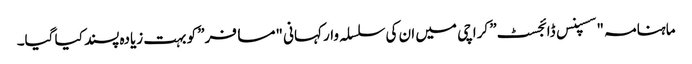
ماہنامہ "سسپنس ڈائجسٹ” کراچی میں ان کی سلسلہ وار کہانی "مسافر” کو بہت زیادہ پسند کیا گیا۔